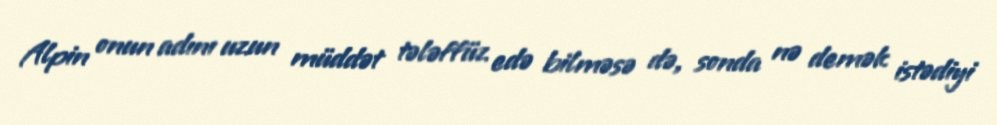
Alpin onun adını uzun müddət tələffüz edə bilməsə də, sonda nə demək istədiyi